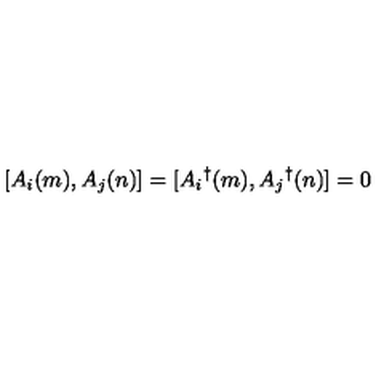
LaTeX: [ A _ { i } ( m ) , A _ { j } ( n ) ] = [ A _ { i } { } ^ { \dag } ( m ) , A _ { j } { } ^ { \dag } ( n ) ] = 0